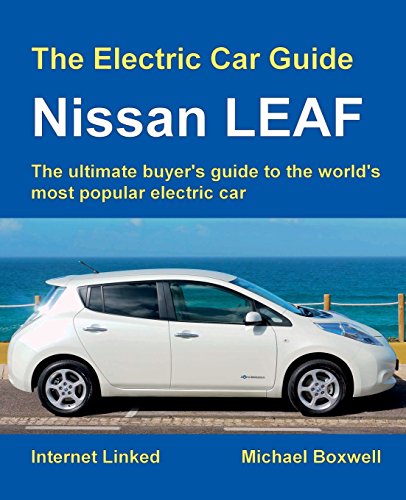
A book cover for The Electric Car Guide: Nissan LEAF; Michael Boxwell; Engineering & Transportation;